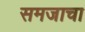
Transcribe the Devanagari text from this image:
समजाचा